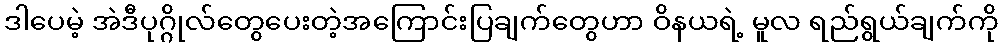
ဒါပေမဲ့ အဲဒီပုဂ္ဂိုလ်တွေပေးတဲ့အကြောင်းပြချက်တွေဟာ ဝိနယရဲ့ မူလ ရည်ရွယ်ချက်ကို